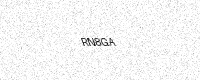
Text: RN8GA